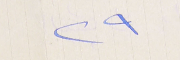
٢٩